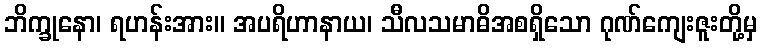
ဘိက္ခုနော၊ ရဟန်းအား။ အပရိဟာနာယ၊ သီလသမာဓိအစရှိသော ဂုဏ်ကျေးဇူးတို့မှ